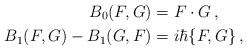
\begin{align*}B_0(F,G)&=F\cdot G\,,\\B_1(F,G)-B_1(G,F)&=i\hbar\{F,G\}\,,\end{align*}